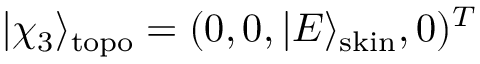
| \chi _ { 3 } \rangle _ { \mathrm { t o p o } } = ( 0 , 0 , | E \rangle _ { \mathrm { s k i n } } , 0 ) ^ { T }